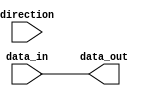
module io_buffer (
    input wire direction, // Control signal for driving or receiving mode
    input wire data_in, // Data input
    output reg data_out // Data output
);

always @* begin
    if (direction) begin // Driving mode
        data_out <= data_in;
    end else begin // Receiving mode
        data_out <= #1 data_in;
    end
end

endmodule